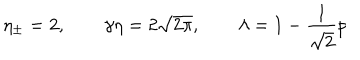
LaTeX: \eta _ { \pm } = 2 , \qquad \gamma \eta = 2 \sqrt { 2 \pi } , \qquad \lambda = 1 - \frac { 1 } { \sqrt { 2 } } p